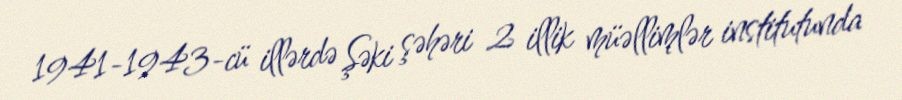
1941-1943-cü illərdə Şəki şəhəri 2 illik müəllimlər institutunda